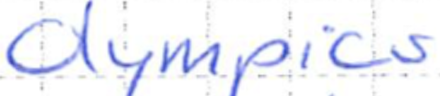
Text: Olympics
Cross-out: clean
Writing tool: ballpoint